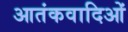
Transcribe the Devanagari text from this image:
आतंकवादिओं